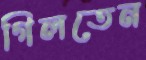
গিলতেন